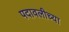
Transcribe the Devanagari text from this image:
पदावलीच्या